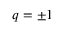
q = \pm 1